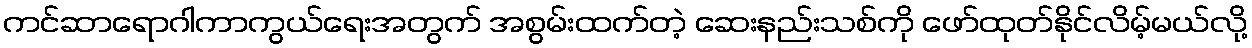
ကင်ဆာရောဂါကာကွယ်ရေးအတွက် အစွမ်းထက်တဲ့ ဆေးနည်းသစ်ကို ဖော်ထုတ်နိုင်လိမ့်မယ်လို့